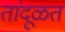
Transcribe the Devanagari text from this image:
तांदूळत